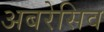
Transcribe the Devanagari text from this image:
अबरेसिव